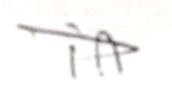
Text: in
Cross-out: diagonal
Writing tool: pencil